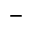
-